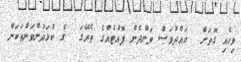
ވިހެއި ގޮތަށް  އައްދުވަަސް ވަންދެން ފޮއްޓެއްގެ ތެރޭގަ  ގެ ކުޅަދުންވަންތަކަން